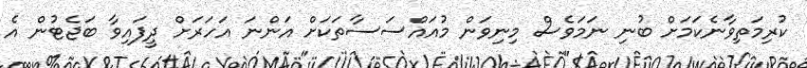
ކުރިމަތިވާނެކަމަށް ބުނި ނަމަވެސް މިނިވަން މުއައްސަސާތަކަށް އަންނަ އަހަރަށް ދީފައިވާ ބަޖެޓުން އެ